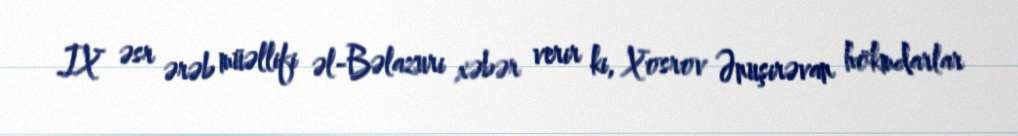
IX əsr ərəb müəllifi əl-Bəlazuri xəbər verir ki, Xosrov Ənuşirəvan hökmdarlar